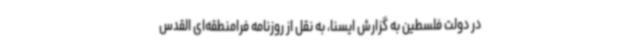
در دولت فلسطین به گزارش ایسنا، به نقل از روزنامه فرامنطقه‌ای القدس